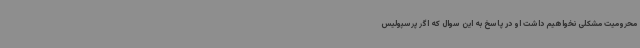
محرومیت مشکلی نخواهیم داشت او در پاسخ به این سوال که اگر پرسپولیس‌